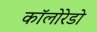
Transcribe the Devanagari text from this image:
कॉलोरेडो